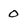
Character: 0